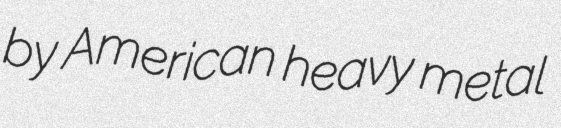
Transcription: by American heavy metal